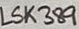
Text: LSK389